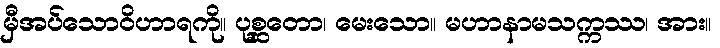
မှီအပ်သောဝိဟာရကို။ ပုစ္ဆတော၊ မေးသော။ မဟာနာမသက္ကဿ၊ အား။